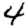
Digit: 4